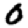
Digit: 0